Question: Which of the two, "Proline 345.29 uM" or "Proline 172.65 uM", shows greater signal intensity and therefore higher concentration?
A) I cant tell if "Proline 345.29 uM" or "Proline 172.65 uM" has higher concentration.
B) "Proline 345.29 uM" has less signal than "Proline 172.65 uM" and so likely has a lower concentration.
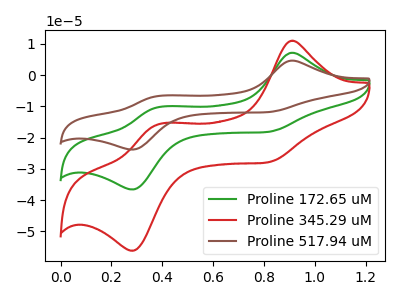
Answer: <think>The green curve "Proline 172.65 uM" has anodic peaks at (0.90V, 7.15uA) (0.40V, -10.25uA) and cathodic peaks at (0.80V, -18.25uA) (0.30V, -36.60uA). The red curve "Proline 345.29 uM" has anodic peaks at (0.90V, 11.00uA) (0.40V, -15.75uA) and cathodic peaks at (0.80V, -28.00uA) (0.30V, -56.20uA). The brown curve "Proline 517.94 uM" has anodic peaks at (0.90V, 14.35uA) (0.40V, -20.55uA) and cathodic peaks at (0.80V, -36.45uA) (0.30V, -73.20uA).
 All the peaks in "Proline 345.29 uM" have a peak in "Proline 172.65 uM" at the same potential.</think>
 <answer>A) I cant tell if "Proline 345.29 uM" or "Proline 172.65 uM" has higher concentration.</answer>
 <eval>A</eval>